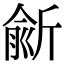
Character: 𣂮